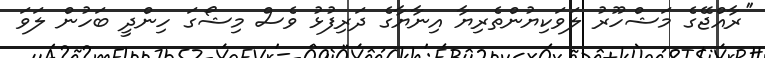
''ރާއްޖޭގެ މަޝްހޫރު ލަވަކިޔުންތެރިޔާ އިނާޔާގެ ދަރިފުޅު ވެސް މިޝޯގަ ހިންދީ ބަހުން ލަވަ